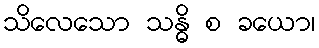
သိလေသော သန္ဓိ စ ခယော၊